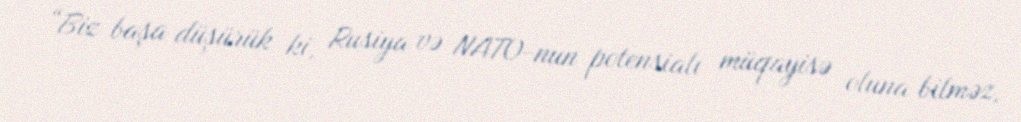
“Biz başa düşürük ki, Rusiya və NATO-nun potensialı müqayisə oluna bilməz,